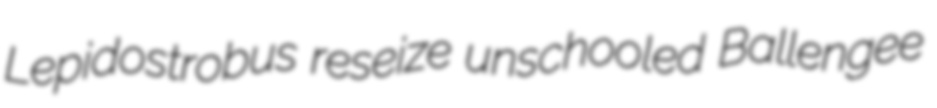
Lepidostrobus reseize unschooled Ballengee